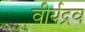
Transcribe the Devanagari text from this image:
वीर्यद्रव